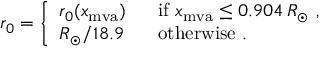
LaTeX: r _ { 0 } = \left\{ \begin{array} { l l } { { r _ { 0 } ( x _ { \mathrm { m v a } } ) } } & { { \mathrm { \ \ i f \ } x _ { \mathrm { m v a } } \leq 0 . 9 0 4 \, R _ { \odot } \ , } } \\ { { R _ { \odot } / 1 8 . 9 } } & { { \mathrm { \ \ o t h e r w i s e } \ . } } \end{array} \right.